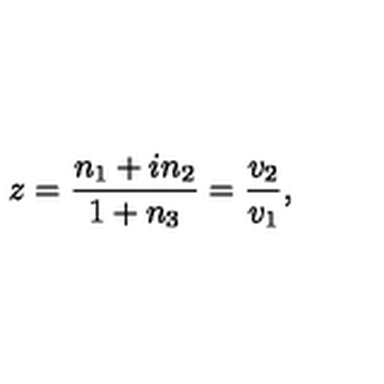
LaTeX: z = \frac { n _ { 1 } + i n _ { 2 } } { 1 + n _ { 3 } } = \frac { v _ { 2 } } { v _ { 1 } } ,